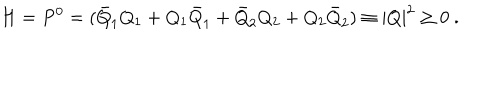
H = P ^ { 0 } = ( \bar { Q } _ { 1 } Q _ { 1 } + Q _ { 1 } \bar { Q } _ { 1 } + \bar { Q } _ { 2 } Q _ { 2 } + Q _ { 2 } \bar { Q } _ { 2 } ) \equiv | Q | ^ { 2 } \geq 0 ~ .